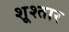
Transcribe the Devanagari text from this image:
शूश्तार